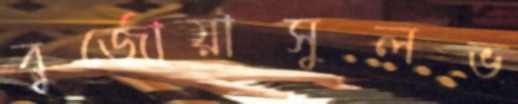
বুর্জোয়াসুলভ